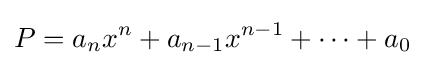
P=a_{n}x^{n}+a_{n-1}x^{n-1}+\cdots +a_{0}